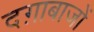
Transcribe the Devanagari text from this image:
दग़ाबाजों